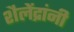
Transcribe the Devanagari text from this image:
शैलेंद्रांनी